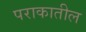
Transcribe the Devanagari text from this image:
पराकातील